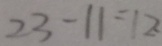
2 3 - 1 1 = 1 2